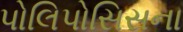
પોલિપોસિસના